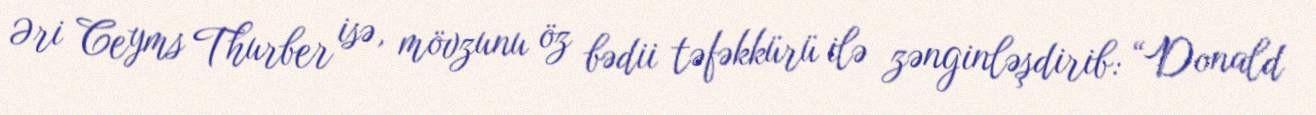
Əri Ceyms Thurber isə, mövzunu öz bədii təfəkkürü ilə zənginləşdirib: “Donald